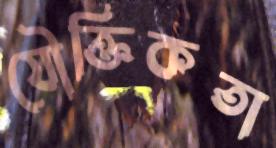
যৌক্তিকতা